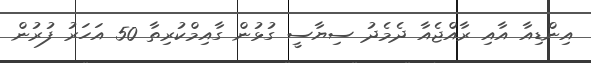
އިންޑިއާ އާއި ރާއްޖެއާ ދެމެދު ސިޔާސީ ގުޅުން ގާއިމްކުރިތާ 50 އަހަރު ފުރުން